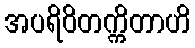
အပရိဝိတက္ကိတာဟိ